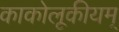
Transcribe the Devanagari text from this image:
काकोलूकीयम्